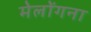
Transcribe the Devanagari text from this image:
मेलोंगना